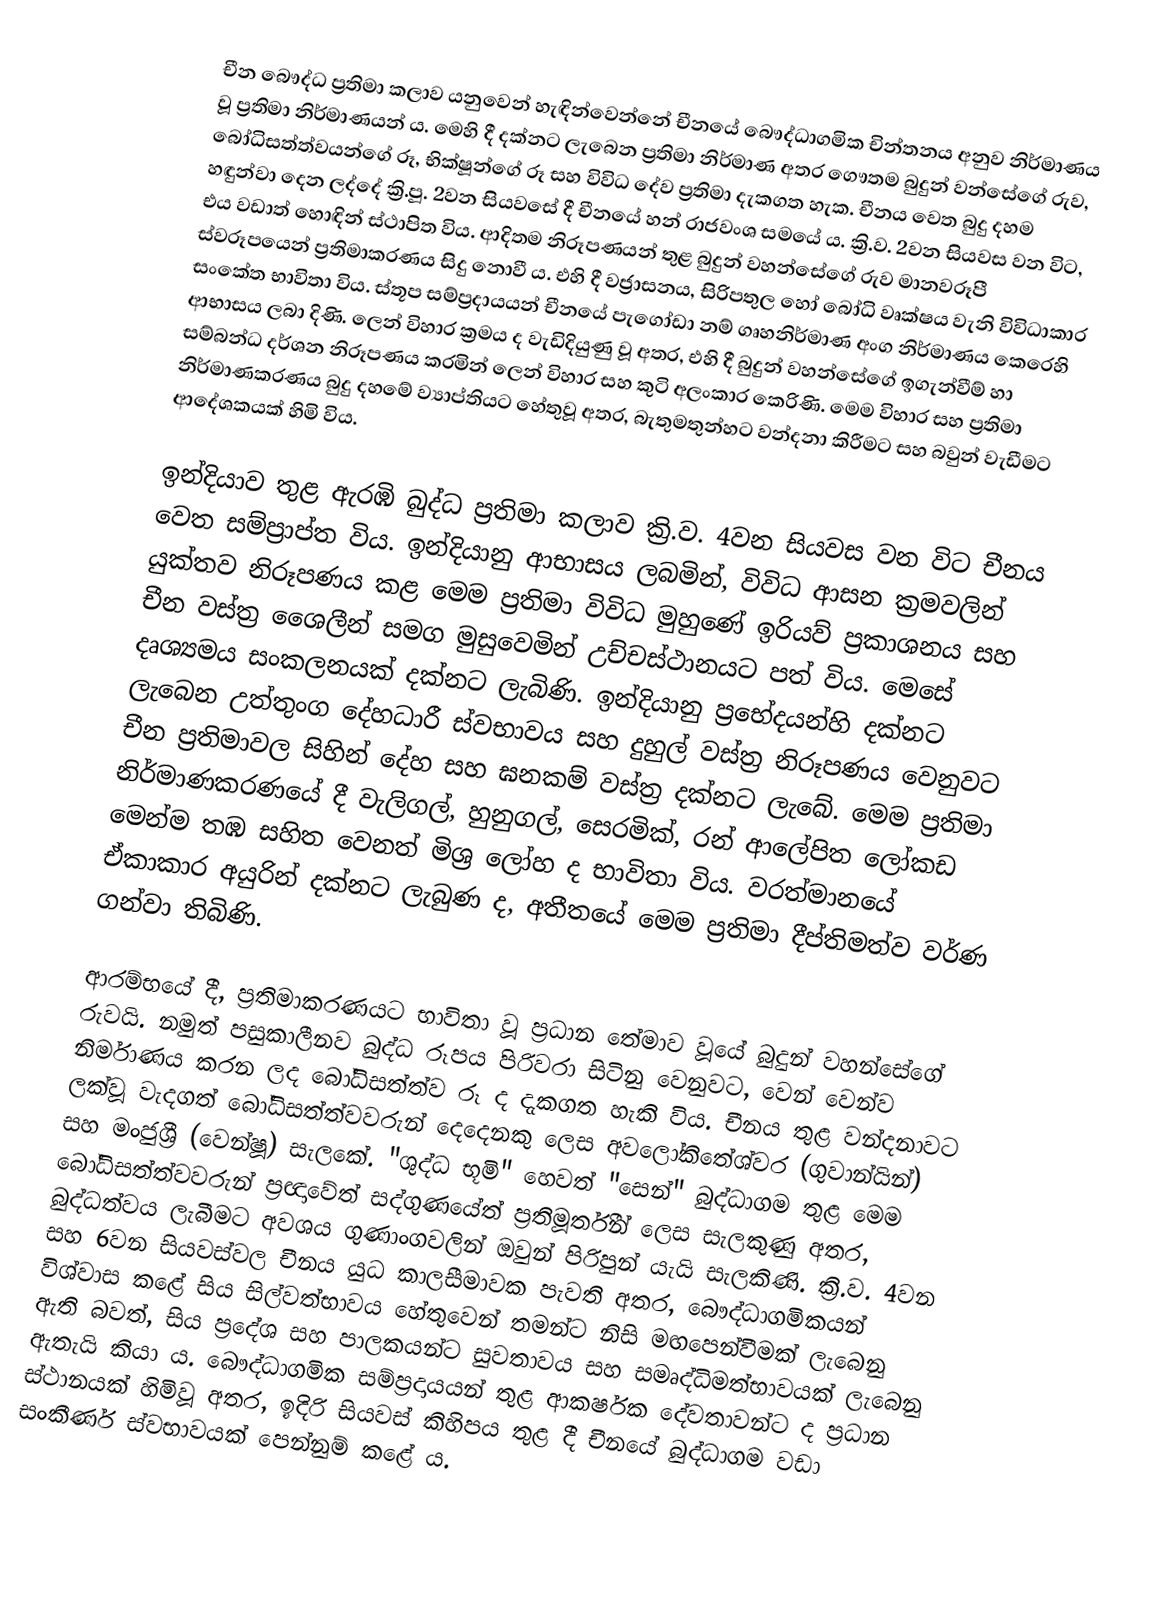
චීන බෞද්ධ ප්‍රතිමා කලාව යනුවෙන් හැඳින්වෙන්නේ චීනයේ බෞද්ධාගමික චින්තනය අනුව නිර්මාණය වූ ප්‍රතිමා නිර්මාණයන් ය. මෙහි දී දක්නට ලැබෙන ප්‍රතිමා නිර්මාණ අතර ගෞතම බුදුන් වන්සේගේ රුව, බෝධිසත්ත්වයන්ගේ රූ, භික්ෂූන්ගේ රූ සහ විවිධ දේව ප්‍රතිමා දැකගත හැක. චීනය වෙත බුදු දහම හඳුන්වා දෙන ලද්දේ ක්‍රි.පූ. 2වන සියවසේ දී චීනයේ හන් රාජවංශ සමයේ ය. ක්‍රි.ව. 2වන සියවස වන විට, එය වඩාත් හොඳින් ස්ථාපිත විය. ආදිතම නිරූපණයන් තුළ බුදුන් වහන්සේගේ රුව මානවරූපී ස්වරූපයෙන් ප්‍රතිමාකරණය සිදු නොවී ය. එහි දී වජ්‍රාසනය, සිරිපතුල හෝ බෝධි වෘක්ෂය වැනි විවිධාකාර සංකේත භාවිතා විය. ස්තූප සම්ප්‍රදායයන් චීනයේ පැගෝඩා නම් ගෘහනිර්මාණ අංග නිර්මාණය කෙරෙහි ආභාසය ලබා දිණි. ලෙන් විහාර ක්‍රමය ද වැඩිදියුණු වූ අතර, එහි දී බුදුන් වහන්සේගේ ඉගැන්වීම් හා සම්බන්ධ දර්ශන නිරූපණය කරමින් ලෙන් විහාර සහ කුටි අලංකාර කෙරිණි. මෙම විහාර සහ ප්‍රතිමා නිර්මාණකරණය බුදු දහමේ ව්‍යාප්තියට හේතුවූ අතර, බැතුමතුන්හට වන්දනා කිරීමට සහ බවුන් වැඩීමට ආදේශකයක් හිමි විය.

ඉන්දියාව තුළ ඇරඹි බුද්ධ ප්‍රතිමා කලාව ක්‍රි.ව. 4වන සියවස වන විට චීනය වෙත සම්ප්‍රාප්ත විය. ඉන්දියානු ආභාසය ලබමින්, විවිධ ආසන ක්‍රමවලින් යුක්තව නිරූපණය කළ මෙම ප්‍රතිමා විවිධ මුහුණේ ඉරියව් ප්‍රකාශනය සහ චීන වස්ත්‍ර ශෛලීන් සමග මුසුවෙමින් උච්චස්ථානයට පත් විය. මෙසේ දෘශ්‍යමය සංකලනයක් දක්නට ලැබිණි. ඉන්දියානු ප්‍රභේදයන්හි දක්නට ලැබෙන උත්තුංග දේහධාරී ස්වභාවය සහ දුහුල් වස්ත්‍ර නිරූපණය වෙනුවට චීන ප්‍රතිමාවල සිහින් දේහ සහ ඝනකම් වස්ත්‍ර දක්නට ලැබේ. මෙම ප්‍රතිමා නිර්මාණකරණයේ දී වැලිගල්, හුනුගල්, සෙරමික්, රන් ආලේපිත ලෝකඩ මෙන්ම තඹ සහිත වෙනත් මිශ්‍ර ලෝහ ද භාවිතා විය. වරත්මානයේ ඒකාකාර අයුරින් දක්නට ලැබුණ ද, අතීතයේ මෙම ප්‍රතිමා දීප්තිමත්ව වර්ණ ගන්වා තිබිණි.

ආරම්භයේ දී, ප්‍රතිමාකරණයට භාවිතා වූ ප්‍රධාන තේමාව වූයේ බුදුන් වහන්සේගේ රුවයි. නමුත් පසුකාලීනව බුද්ධ රූපය පිරිවරා සිටිනු වෙනුවට, වෙන් වෙන්ව නිර්මාණය කරන ලද බෝධිසත්ත්ව රූ ද දැකගත හැකි විය. චීනය තුළ වන්දනාවට ලක්වූ වැදගත් බෝධිසත්ත්වවරුන් දෙදෙනකු ලෙස අව‍ලෝකිතේශ්වර (ගුවාන්යින්) සහ මංජුශ්‍රී (වෙන්ෂූ) සැලකේ. "ශුද්ධ භූමි" හෙවත් "සෙන්" බුද්ධාගම තුළ මෙම බෝධිසත්ත්වවරුන් ප්‍රඥාවේත් සද්ගුණයේත් ප්‍රතිමූර්තීන් ලෙස සැලකුණු අතර, බුද්ධත්වය ලැබීමට අවශය ගුණාංගවලින් ඔවුන් පිරිපුන් යැයි සැලකිණි. ක්‍රි.ව. 4වන සහ 6වන සියවස්වල චීනය යුධ කාලසීමාවක පැවති අතර, බෞද්ධාගමිකයන් විශ්වාස කළේ සිය සිල්වත්භාවය හේතුවෙන් තමන්ට නිසි මඟපෙන්වීමක් ලැබෙනු ඇති බවත්, සිය ප්‍රදේශ සහ පාලකයන්ට සුවතාවය සහ සමෘද්ධිමත්භාවයක් ලැබෙනු ඇතැයි කියා ය. බෞද්ධාගමික සම්ප්‍රදායයන් තුළ ආකර්ෂක දේවතාවන්ට ද ප්‍රධාන ස්ථානයක් හිමිවූ අතර, ඉදිරි සියවස් කිහිපය තුළ දී චීනයේ බුද්ධාගම වඩා සංකීර්ණ ස්වභාවයක් පෙන්නුම් කළේ ය.